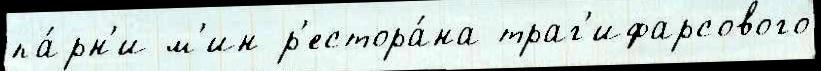
па́рн'и м'ин р'естора́на траг'ифарсового